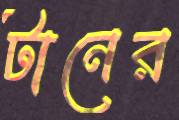
টানের